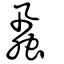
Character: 虱